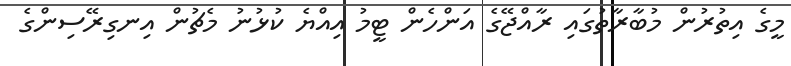
މީގެ އިތުރުން މުބާރާތުގައި ރާއްޖޭގެ އަންހެން ޓީމު އިއްޔެ ކުޅުނު މެޗުން އިނގިރޭސިންގެ